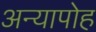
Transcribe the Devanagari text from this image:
अन्यापोह